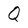
Character: Q